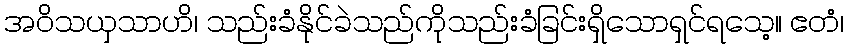
အဝိသယှသာဟိ၊ သည်းခံနိုင်ခဲသည်ကိုသည်းခံခြင်းရှိသောရှင်ရသေ့။ ဧတံ၊